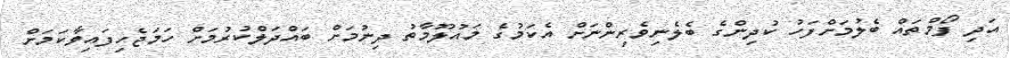
އަދި ފޯމްތައް ބެލުމަށްފަހު ކުދިންގެ ބެލެނިވެރިންނަށް އެކަމުގެ މައުލޫމާތު ދިނުމަށް ބައްދަލްކުރުމަށް ހަމަޖެހިފައިވާކަމަށް